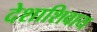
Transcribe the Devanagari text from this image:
देशाशिवाय